Leaving Certificate Examination, 1907
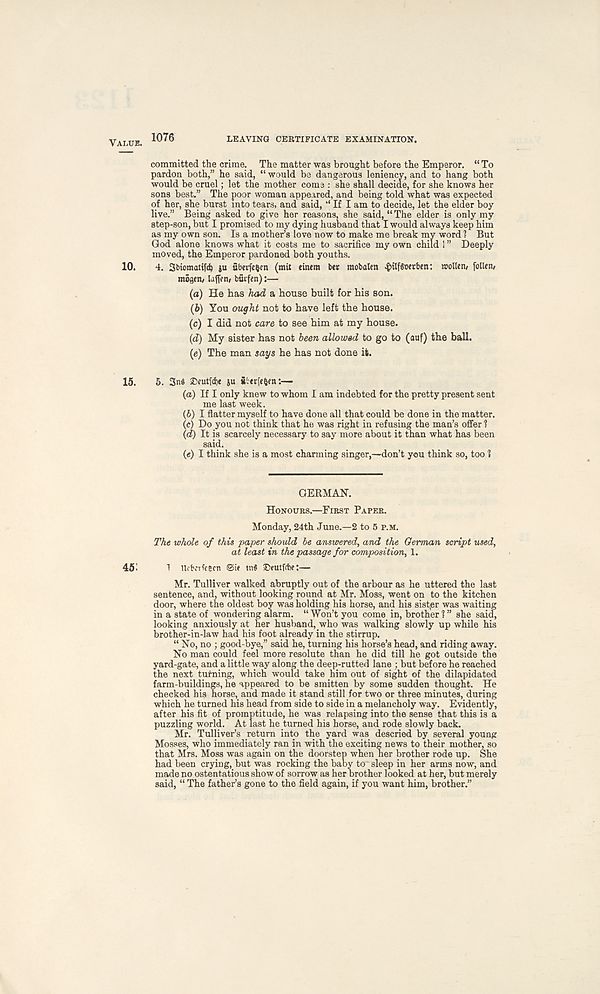
VALUE. 1076
LEAVING CERTIFICATE EXAMINATION.
committed the crime. The matter was brought before the Emperor. “ To
pardon both,” he said, “ would be dangerous leniency, and to hang both
would be cruel; let the mother come : she shall decide, for she knows her
sons best.” The poor woman appeared, and being told what was expected
of her, she burst into tears, and said, “ If I am to decide, let the elder boy
live.” Being asked to give her reasons, she said, “ The elder is only my
step-son, but I promised to my dying husband that I would always keep him
as my own son. Is a mother’s love now to make me break my word ? But
God alone knows what it costs me to sacrifice my own child I ” Deeply
moved, the Emperor pardoned both youths.
10.
4. Sbiomatifd) ju uberfefcen (mit einem bet mobalen ^)ilf§ofrben: rooUen/ follem
mogen/ laffen, burfen):—
(a) He has had a house built for his son.
(b) You ought not to have left the house.
(c) I did not care to see him at my house.
(d) My sister has not been allowed to go to (auf) the ball.
(e) The man says he has not done it.
15.
5. 3n« 2>cutfd)e su Sbtrfe^n:—
(а) If I only knew to whom I am indebted for the pretty present sent
me last week.
(б) I flatter myself to have done all that could be done in the matter.
(c) Do you not think that he was right in refusing the man’s offer 1
(d) It is scarcely necessary to say more about it than what has been
said.
(e) I think she is a most charming singer,—don’t you think so, too 1
GERMAN.
HONOURS.—FIRST PAPER.
Monday, 24th June.—2 to 5 P.M.
The whole of this paper should be answered, and the German script used,
at least in the passage for composition, 1.
45i
1 Ut'tvrfcecn ©if tn$ ©eutfdie:—
Mr. Tulliver walked abruptly out of the arbour as he uttered the last
sentence, and, without looking round at Mr. Moss, went on to the kitchen
door, where the oldest boy was holding his horse, and his sist,er was waiting
in a state of wondering alarm. “ Won’t you come in, brother ? ” she said,
looking anxiously at her husband, who was walking slowly up while his
brother-in-law had his foot already in the stirrup.
“ No, no ; good-bye,” said he, turning his horse’s head, and riding away.
No man could feel more resolute than he did till he got outside the
yard-gate, and a little way along the deep-rutted lane ; but before he reached
the next turning, which would take him out of sight of the dilapidated
farm-buildings, he appeared to be smitten by some sudden thought. He
checked his horse, and made it stand still for two or three minutes, during
which he turned his head from side to side in a melancholy way. Evidently,
after his fit of promptitude, he was relapsing into the sense that this is a
puzzling world. At last he turned his horse, and rode slowly back.
Mr. Tulliver’s return into the yard was descried by several young
Mosses, who immediately ran in with the exciting news to their mother, so
that Mrs. Moss was again on the doorstep when her brother rode up. She
had been crying, but was rocking the baby to sleep in her arms now, and
made no ostentatious show of sorrow as her brother looked at her, but merely
said, “ The father’s gone to the field again, if you want him, brother.”